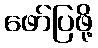
ဖော်ပြဖို့